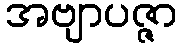
အဗျာပဇ္ဇာ